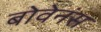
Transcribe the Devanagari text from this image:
बोवेनंस